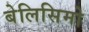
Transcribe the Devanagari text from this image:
बेलिसिमो